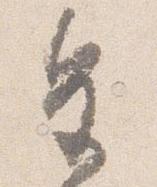
皇